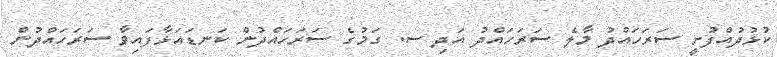
ކުޅުދުއްފުށީ ސަރަހައްދު މާލެ ސަރަހައްދު އަދި ސ. ގަމުގެ ސަރަހައްދުން ކަނޑައަޅާފައިވާ ސަރަހައްދުން